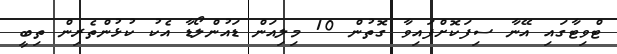
ޓްވިޓާގައި އޭނާ ސިފަކޮށްފައިވާ ގޮތުން 10 މިލިއަން ޑައުންލޯޑާ އެކު ކުޅުންތެރިން ތިބީ